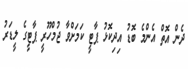
ދެން އޮތް އެންމެ ބޮޑު އިދިކޮޅު ޕާޓީ ކަމަށްވާ ޖުމްހޫރީ ޕާޓީގެ ލީޑަރު